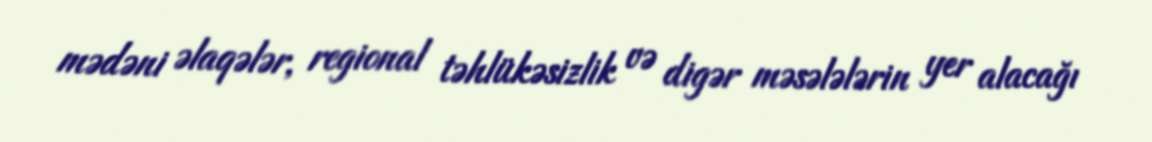
mədəni əlaqələr, regional təhlükəsizlik və digər məsələlərin yer alacağı